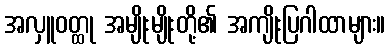
အလှူဝတ္ထု အမျိုးမျိုးတို့၏ အကျိုးပြဂါထာများ။